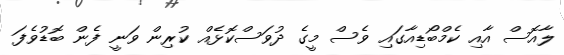
ލާއޮސް އާއި ކެމްބޯޑިއާގައި ވެސް މީގެ ދުވަސްކޮޅެއް ކުރިން ވަނީ ފެން ބޮޑުވެފަ